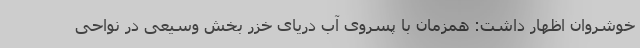
خوشروان اظهار داشت: همزمان با پسروی آب دریای خزر بخش وسیعی در نواحی